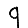
Digit: 9